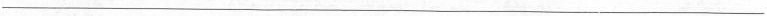
___